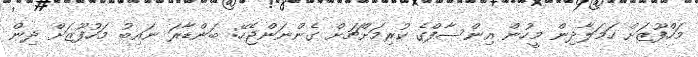
މަހްފޫޒަށް ހަމަލާދިން މީހުން އިންސާފްގެ ކުރިމަށްޗަށް ގެންނަންޖެހޭ: ބަންޑާރަ ނައިބު މަހުފޫޒަށް ދިން